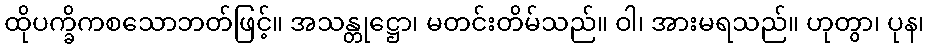
ထိုပက္ခိကစသောဘတ်ဖြင့်။ အသန္တုဋ္ဌော၊ မတင်းတိမ်သည်။ ဝါ၊ အားမရသည်။ ဟုတွာ၊ ပုန၊